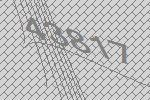
43817